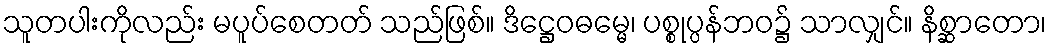
သူတပါးကိုလည်း မပူပ်စေတတ် သည်ဖြစ်။ ဒိဋ္ဌေဝဓမ္မေ၊ ပစ္စုပ္ပန်ဘဝ၌ သာလျှင်။ နိစ္ဆာတော၊